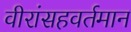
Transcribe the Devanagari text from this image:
वीरांसहवर्तमान